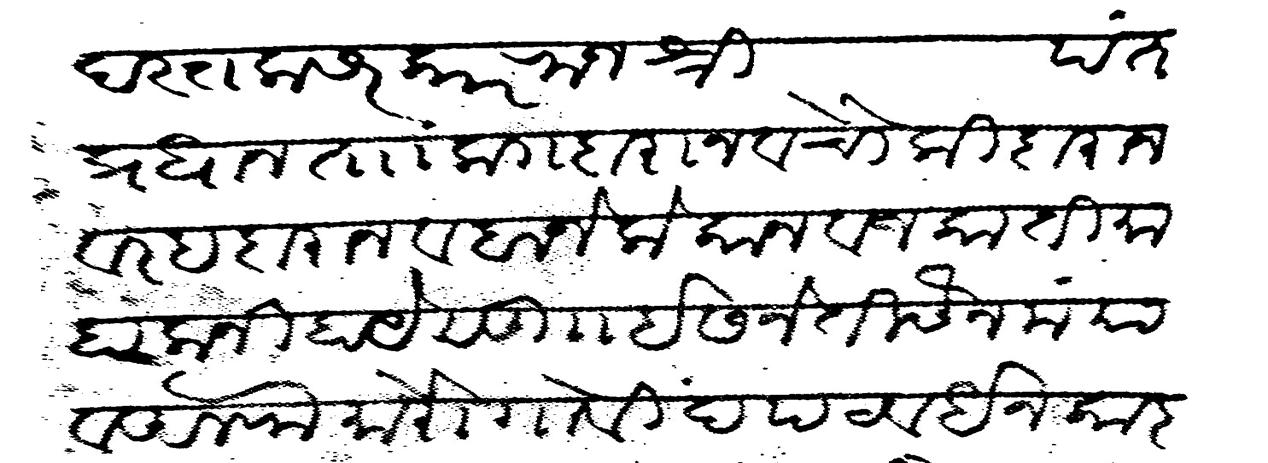
Transliteration (Devanagari): दस्तक सरकार राजश्री पंतप्रधान ताकदारान व चौकीदारान व रहदारान व बाजेलोकान व जकाती माहाला निहाये सु ।। ईसने तीसैन मया व अलफ मोरो गोविंद पटवर्धन कारकुन